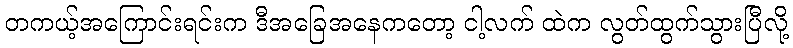
တကယ့်အကြောင်းရင်းက ဒီအခြေအနေကတော့ ငါ့လက် ထဲက လွတ်ထွက်သွားပြီလို့